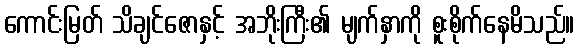
ကောင်းမြတ် သိချင်ဇောနှင့် အဘိုးကြီး၏ မျက်နှာကို စူးစိုက်နေမိသည်။